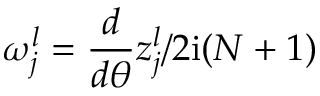
\omega _ { j } ^ { l } = \frac { d } { d \theta } z _ { j } ^ { l } / 2 \mathrm { i } ( N + 1 )